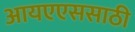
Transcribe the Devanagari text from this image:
आयएएससाठी